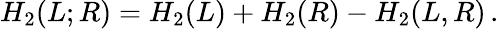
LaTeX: H_{2}(L;R)=H_{2}(L)+H_{2}(R)-H_{2}(L,R)\, .